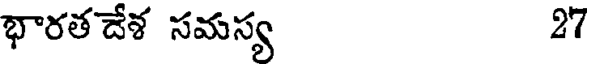
భారతదేశ సమస్య 27